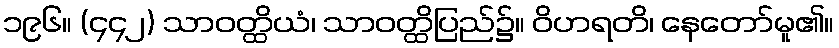
၁၉၆။ (၄၄၂) သာဝတ္ထိယံ၊ သာဝတ္ထိပြည်၌။ ဝိဟရတိ၊ နေတော်မူ၏။